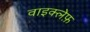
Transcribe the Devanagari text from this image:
वाइक्लेफ़